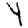
Digit: 4